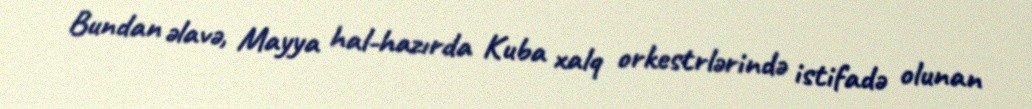
Bundan əlavə, Mayya hal-hazırda Kuba xalq orkestrlərində istifadə olunan